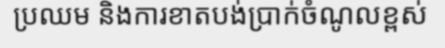
ប្រឈម និងការខាតបង់ប្រាក់ចំណូលខ្ពស់